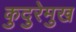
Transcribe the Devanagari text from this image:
कुदुरेमुख